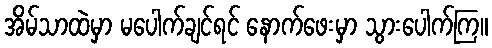
အိမ်သာထဲမှာ မပေါက်ချင်ရင် နောက်ဖေးမှာ သွားပေါက်ကြ။